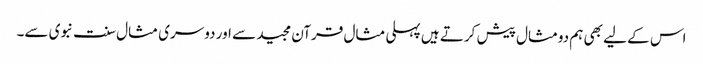
اس کے لیے بھی ہم دومثال پیش کرتے ہیں پہلی مثال قرآن مجید سے اور دوسری مثال سنت نبوی سے۔